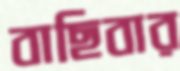
বাছিবার